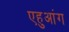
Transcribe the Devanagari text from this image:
एहुआंग